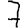
Digit: 7